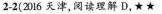
2-2(2016 天津,阅读理解 D,★★